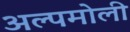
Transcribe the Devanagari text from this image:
अल्पमोली